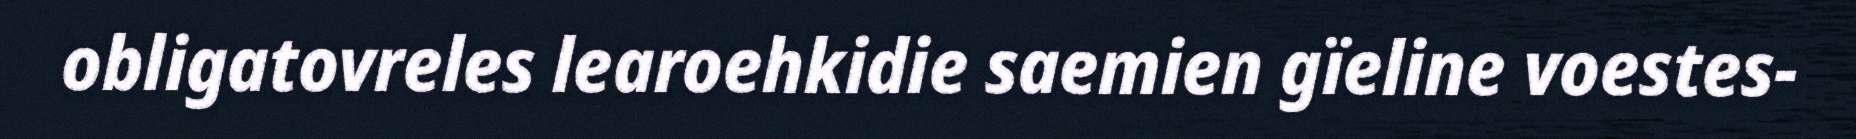
obligatovreles learoehkidie saemien gïeline voestes-